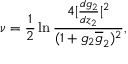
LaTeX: \nu = \frac { 1 } { 2 } \ln \frac { 4 | \frac { d g _ { 2 } } { d z _ { 2 } } | ^ { 2 } } { ( 1 + g _ { 2 } \overline { { { g } } } _ { 2 } ) ^ { 2 } } ,